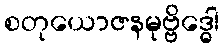
စတုယောဇနမုဗ္ဗိဒ္ဓေါ